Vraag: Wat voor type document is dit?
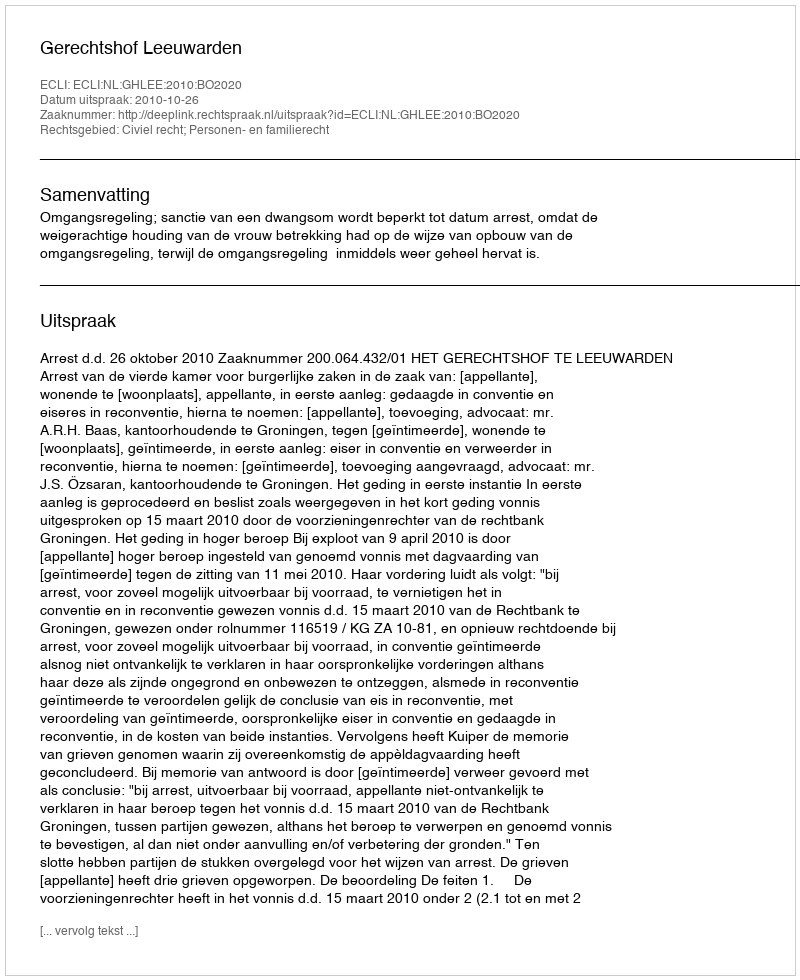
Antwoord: Uitspraak